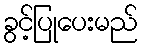
ခွင့်ပြုပေးမည်